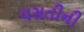
વસતીની